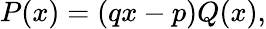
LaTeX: P(x)=(qx-p)Q(x),